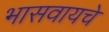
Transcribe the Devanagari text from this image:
भासवायचे